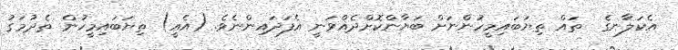
އެކަލާނގެ  ތައް ތިޔަބައިމީހުންނަށް ބަޔާންކޮށްދެއްވަނީ އެފަދައިންނެވެ. (އެއީ) ތިޔަބައިމީހުން ތެދުމަގު